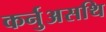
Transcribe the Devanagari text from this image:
कर्नुअसथि